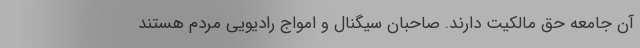
آن جامعه حق مالکیت دارند. صاحبان سیگنال و امواج رادیویی مردم هستند